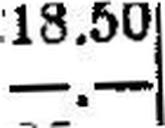
—.—